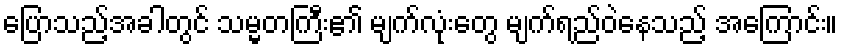
ပြောသည့်အခါတွင် သမ္မတကြီး၏ မျက်လုံးတွေ မျက်ရည်ဝဲနေသည့် အကြောင်း။